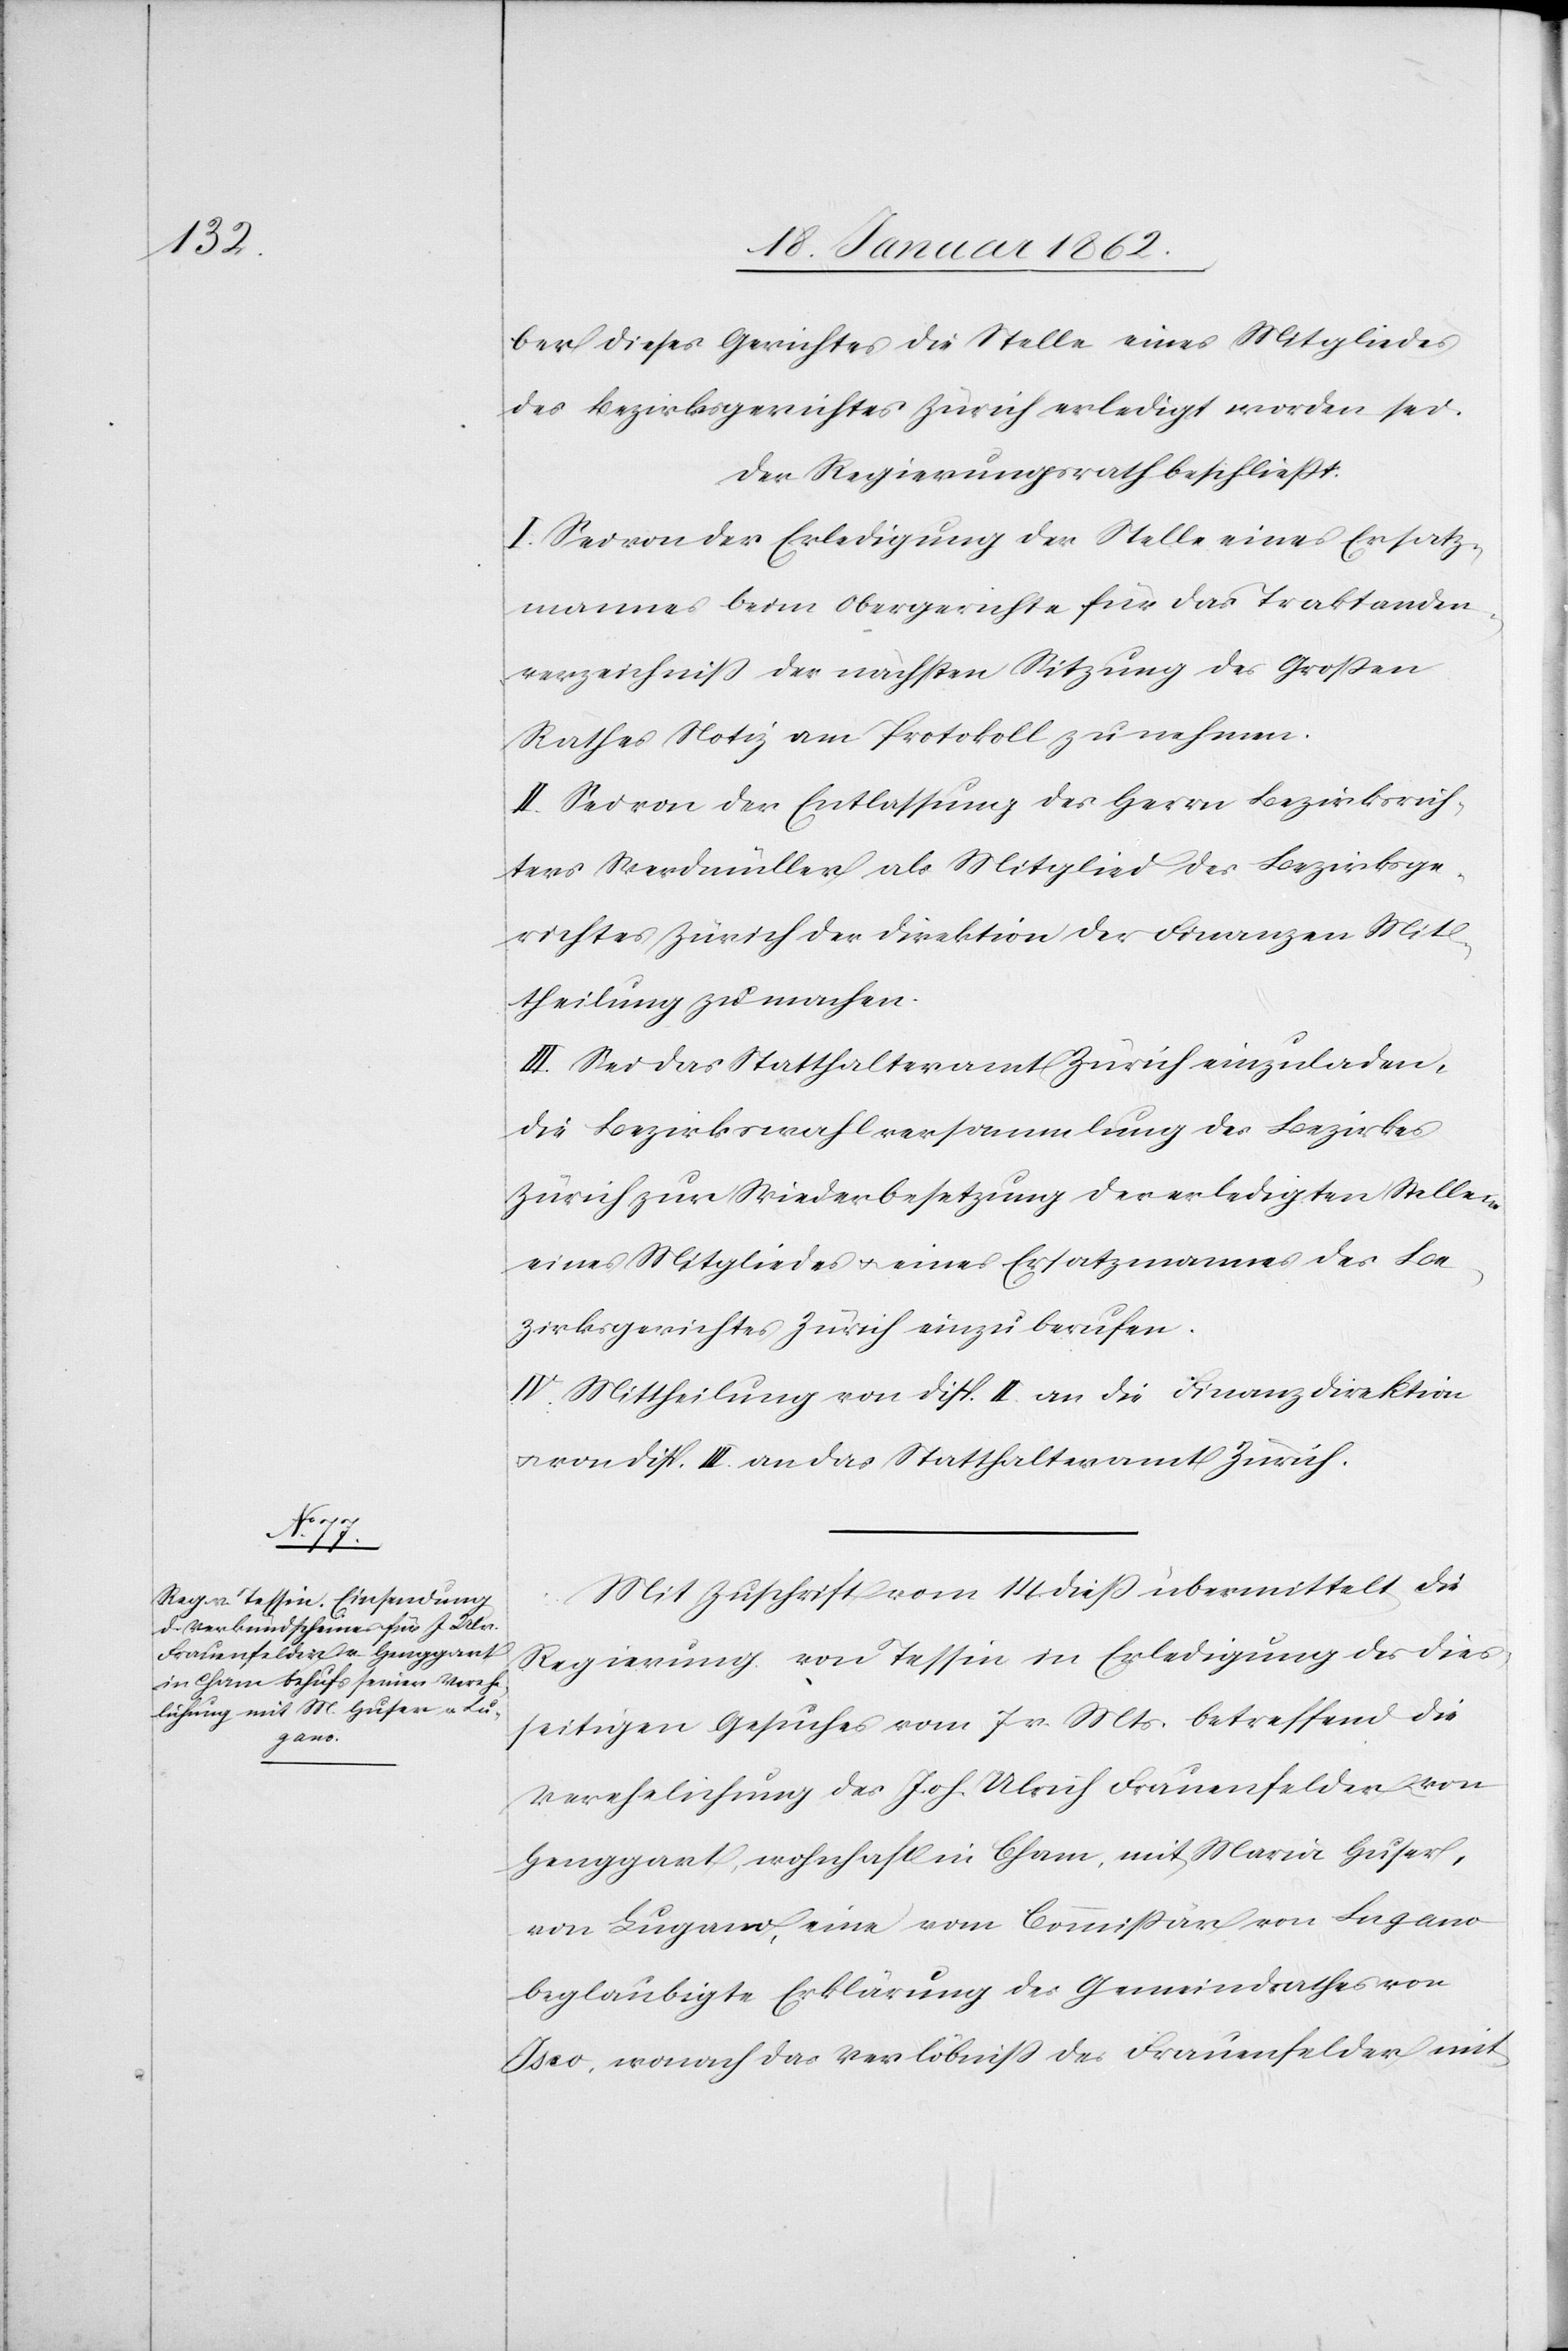
ber dieses Gerichtes die Stelle eines Mitgliedes
des Bezirksgerichtes Zürich erledigt worden sei.
Der Regierungsrath beschließt:
I. Sei von der Erledigung der Stelle eines Ersatz¬
mannes am Obergerichte für das Traktanden¬
verzeichniß der nächsten Sitzung des Großen
Rathes Notiz am Protokoll zu nehmen.
II. Sei von der Entlassung des Herrn Bezirksrich¬
ters Werdmüller als Mitglied des Bezirksge¬
richtes Zürich der Direktion der Finanzen Mit¬
theilung zu machen.
III. Sei das Statthalteramt Zürich einzuladen,
die Bezirkswahlversammlung des Bezirkes
Zürich zur Wiederbesetzung der erledigten Stellen
eines Mitgliedes u. eines Ersatzmannes des Be¬
zirksgerichtes Zürich einzuberufen.
IV. Mittheilung von Disp. II. an die Finanzdirektion
u. von Disp. III. an das Statthalteramt Zürich.
Mit Zuschrift vom 14. dieß übermittelt die
Regierung von Tessin in Erledigung des dies¬
seitigen Gesuches vom 7 v. Mts. betreffend die
Verehelichung des Joh. Ulrich Frauenfelder von
Henggart, wohnhaft in Cham, mit Maria Huser,
von Lugano, eine vom Commißär von Lugano
beglaubigte Erklärung des Gemeindrathes von
Iseo, wonach das Verlöbniß des Frauenfelder mit